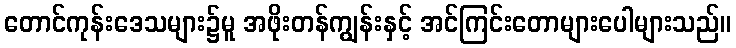
တောင်ကုန်းဒေသများ၌မူ အဖိုးတန်ကျွန်းနှင့် အင်ကြင်းတောများပေါများသည်။